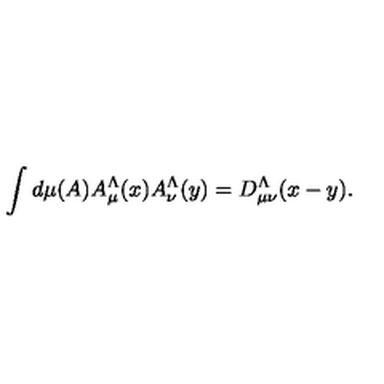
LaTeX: \int d \mu ( A ) A _ { \mu } ^ { \Lambda } ( x ) A _ { \nu } ^ { \Lambda } ( y ) = D _ { \mu \nu } ^ { \Lambda } ( x - y ) .